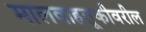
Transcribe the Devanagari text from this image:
मालवाहतूकीवरील